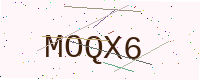
Text: MOQX6